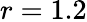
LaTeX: r=1.2